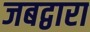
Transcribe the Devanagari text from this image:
जबद्वारा